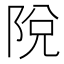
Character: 𨹪